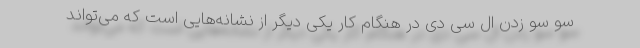
سو سو زدن ال سی دی در هنگام کار یکی دیگر از نشانه‌هایی است که می‌تواند